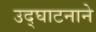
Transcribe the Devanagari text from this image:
उद्घाटनाने